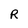
Character: R